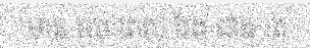
មាន រយៈពេល វែង ជាង គេ